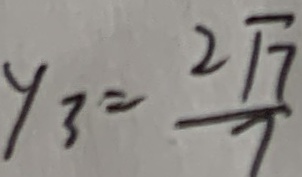
y _ { 3 } = \frac { 2 \sqrt { 7 } } { 7 }